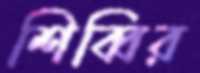
শিব্বির